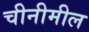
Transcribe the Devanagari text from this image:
चीनीमील